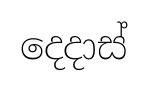
දෙදාස්